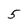
Character: 5